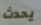
يحدث